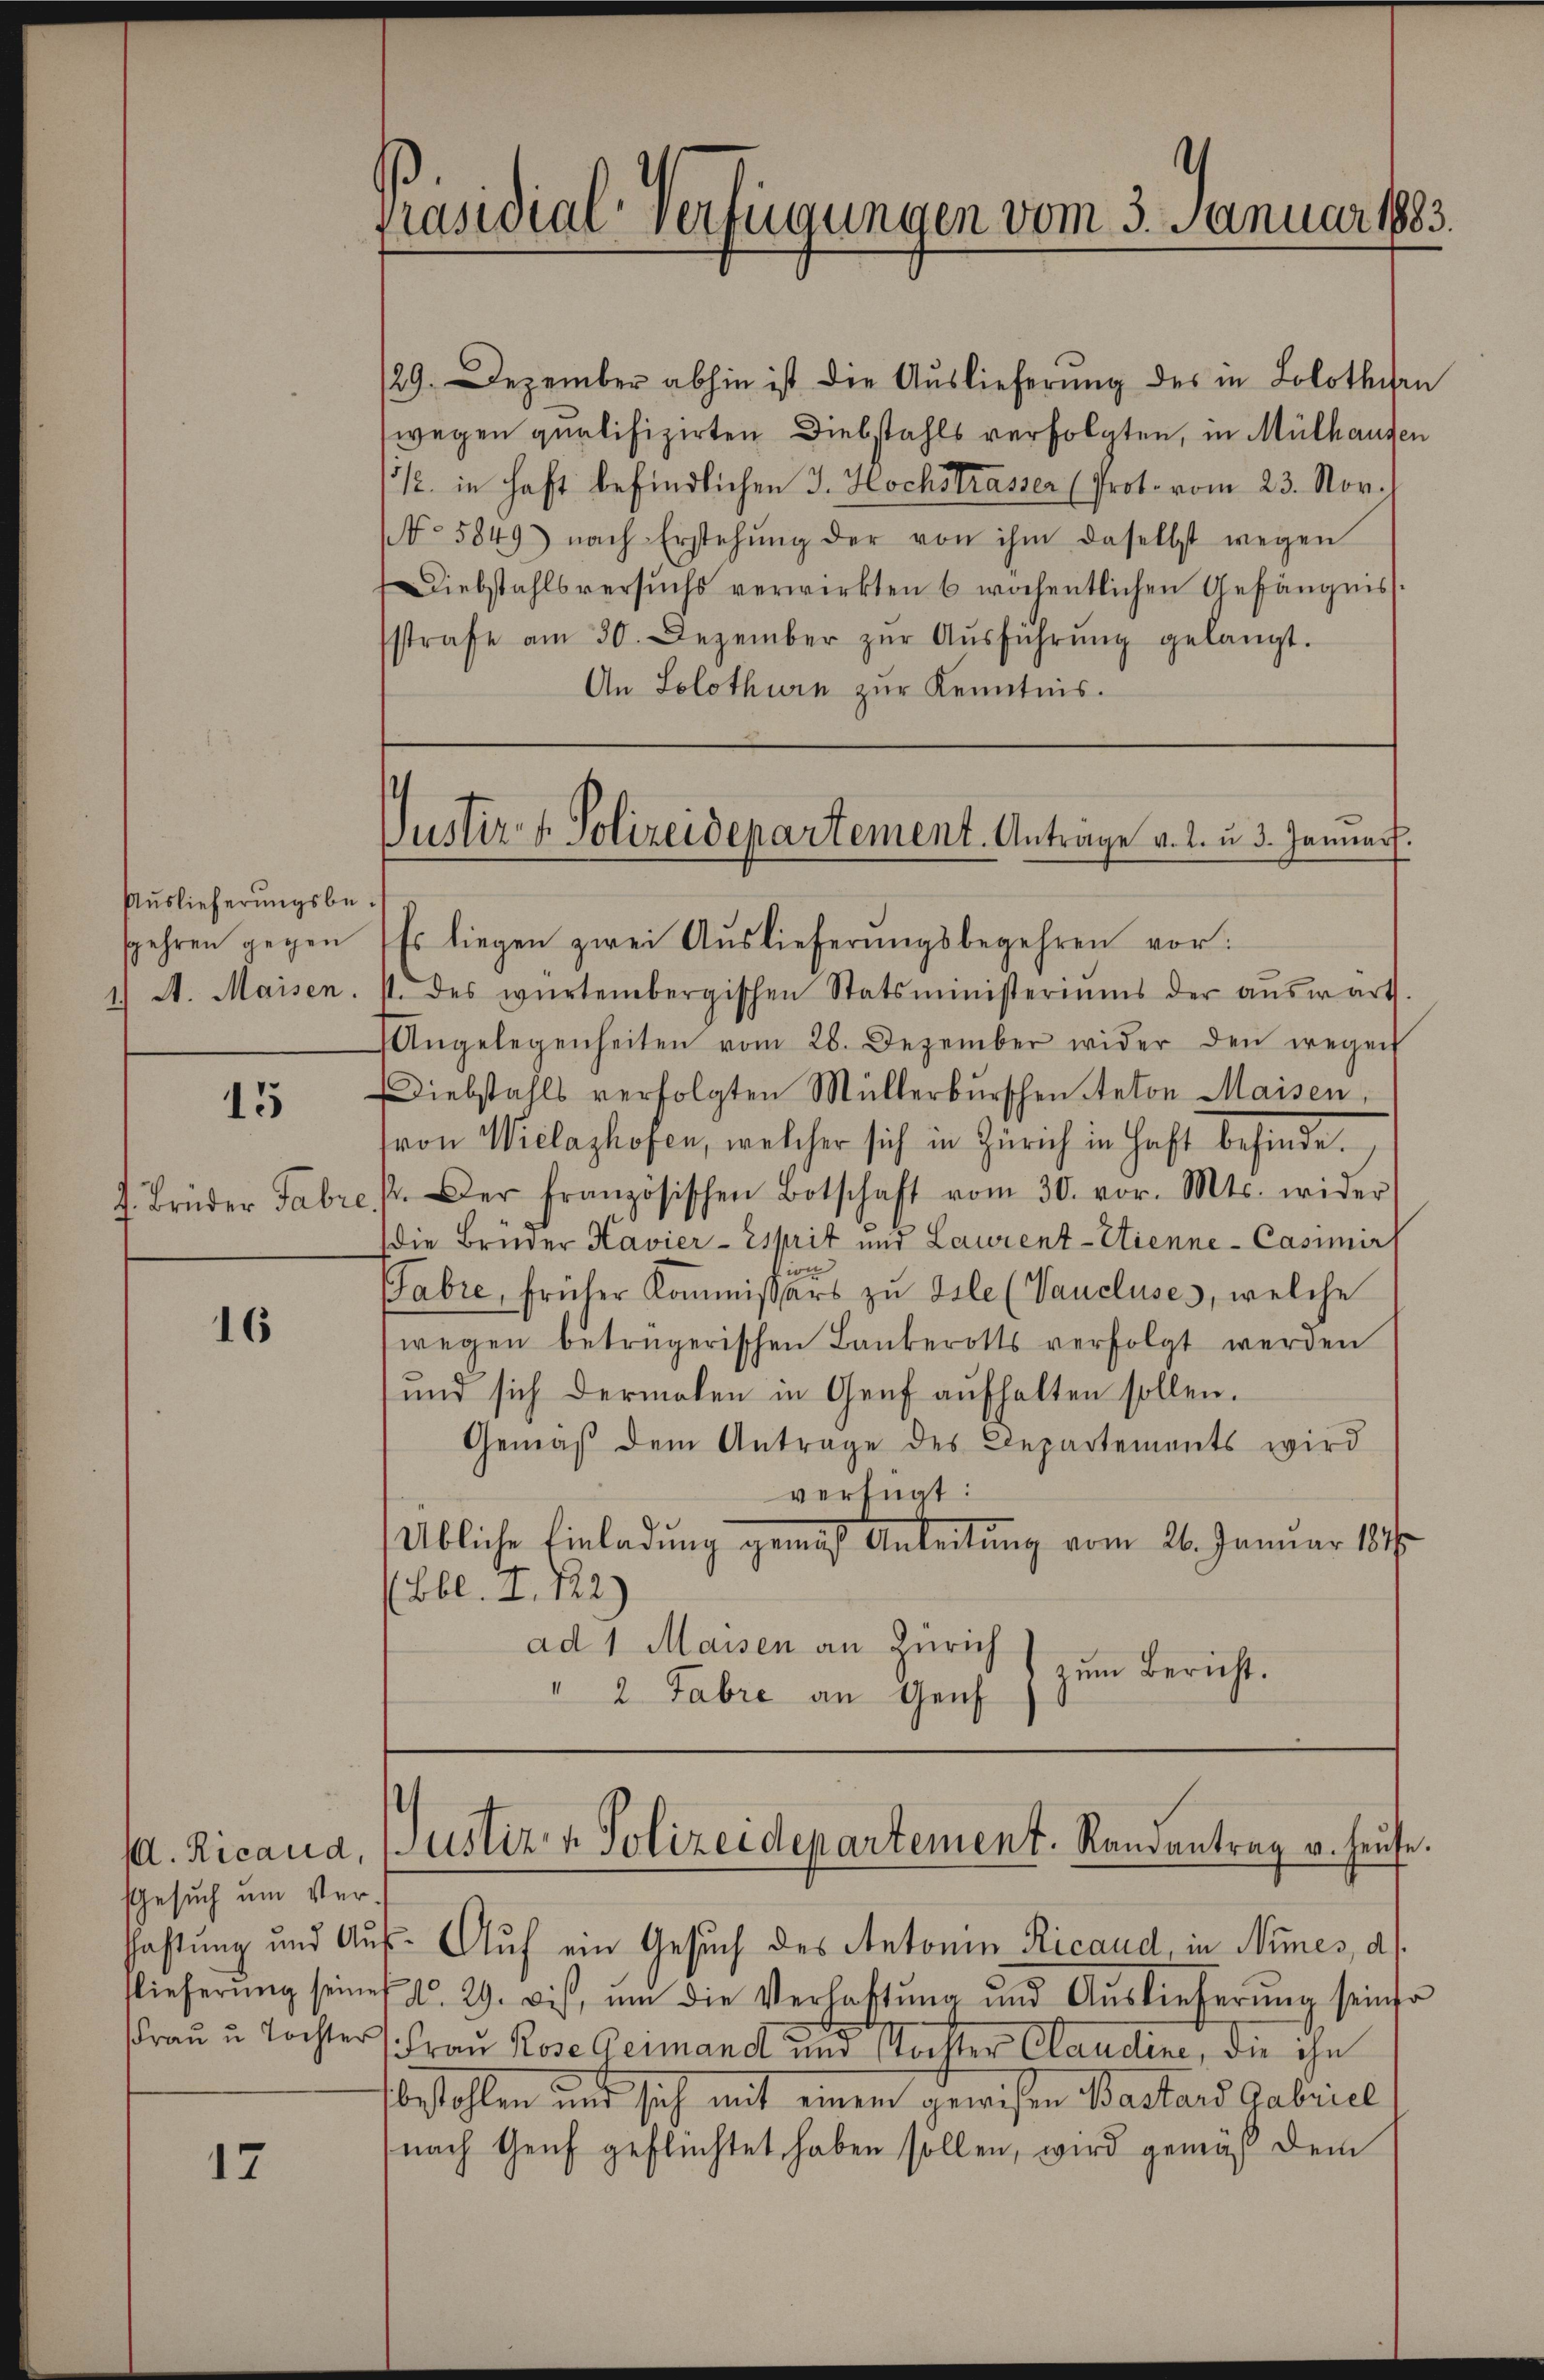
Auslieferungsbespehren gegen

15

16

. Ricaud,
Gesuch um Ver¬
Frau u Tochter

17

Präsidialverfügungen vom 3. Januar 1883.

129. Dezember abhin ist die Auslieferung des in Solothurn
wegen qualifizirten Diebstahls verfolgten, in Mülhausen
3/. in haft befindlichen J. Hochstrasser (Prot. vom 23. Nov.
NNo. 5849) nach Erstehung der von ihm daselbst wegen
Diebstahlsversuchs verwirkten 6 wöchentlichen Gefängnis.
sstrafe am 30. Dezember zŭr Aŭsführŭng gelangt.
An Solothurn zur Kenntnis.
Es liegen zwei Auslieferungsbegehren vor:
1.) A. Maisen. s. des würtembergischen Statsministeriums der aŭswärt
Angelegenheiten vom 28. Dezember wider den wegen
Diebstahls verfolgten Müllerburschen Anton Maisen,
von Wielashofen, welcher sich in Zürich in Haft befinde.
f. Brüder Fabre / Der französischen Botschaft vom 30. vor. Mts. wider
die Brüder Kavier - Esprit und Laurent-Etienne-Casimir
Fabre, früher Kommissärs zu Isle (Vaucluses, welche
wegen betrügerischen Bankerotts verfolgt werden
und sich dermalen in Genf aufhalten sollen.
Gemäß dem Antrage des Departements wird
verfügt:
Übliche Einladŭng gemaß Anleitŭng vom 26. Januar 1877
(Bbl. I. 122)
ad 1 Maisen an Zürich
zum Bericht.
" 2 Fabre an Genf

s
Justiz- & Polizeidepartement. Anträge v. 2. u. 3. Januar.

Justiz- & Polizeidepartement. Randantrag v. Hause.

fastung und Auf- Auf ein Gesuch des Antonin Ricand, in Nimes, d.
lieferŭng seines Al. 29. dis, um die Verhaftŭng und Auslieferŭng seine
(Frau Rose Germand und Tochter Claudine, die ihn
bstahlen und sich mit einen gewissen Bastand Gabriel
nach Genf geflüchtet haben sollen, wird gemäß dem